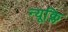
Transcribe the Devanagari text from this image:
न्यूक्लि